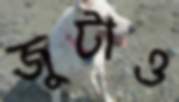
জুটাও